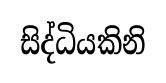
සිද්ධියකිනි